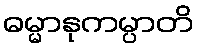
ဓမ္မာနုကမ္ပာတိ